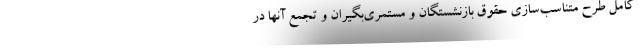
کامل طرح متناسب‌سازی حقوق بازنشستگان و مستمری‌بگیران و تجمع آنها در